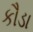
કૌડા